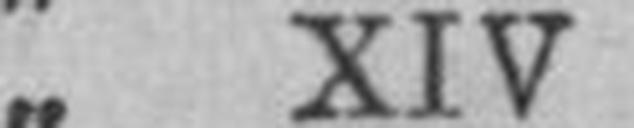
„ XIV